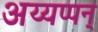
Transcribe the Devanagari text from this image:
अय्यप्पन्